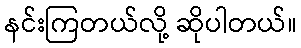
နင်းကြတယ်လို့ ဆိုပါတယ်။